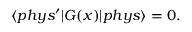
\langle p h y s ^ { \prime } | G ( x ) | p h y s \rangle = 0 .